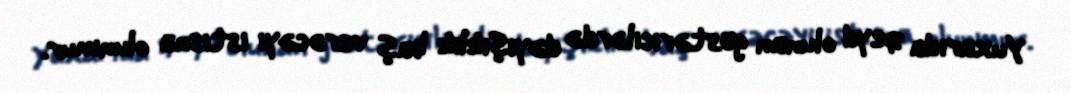
Yuxarıda qeyd olunan göstəricilərdə dəyişiklik baş verəcəyi istisna olunmur.